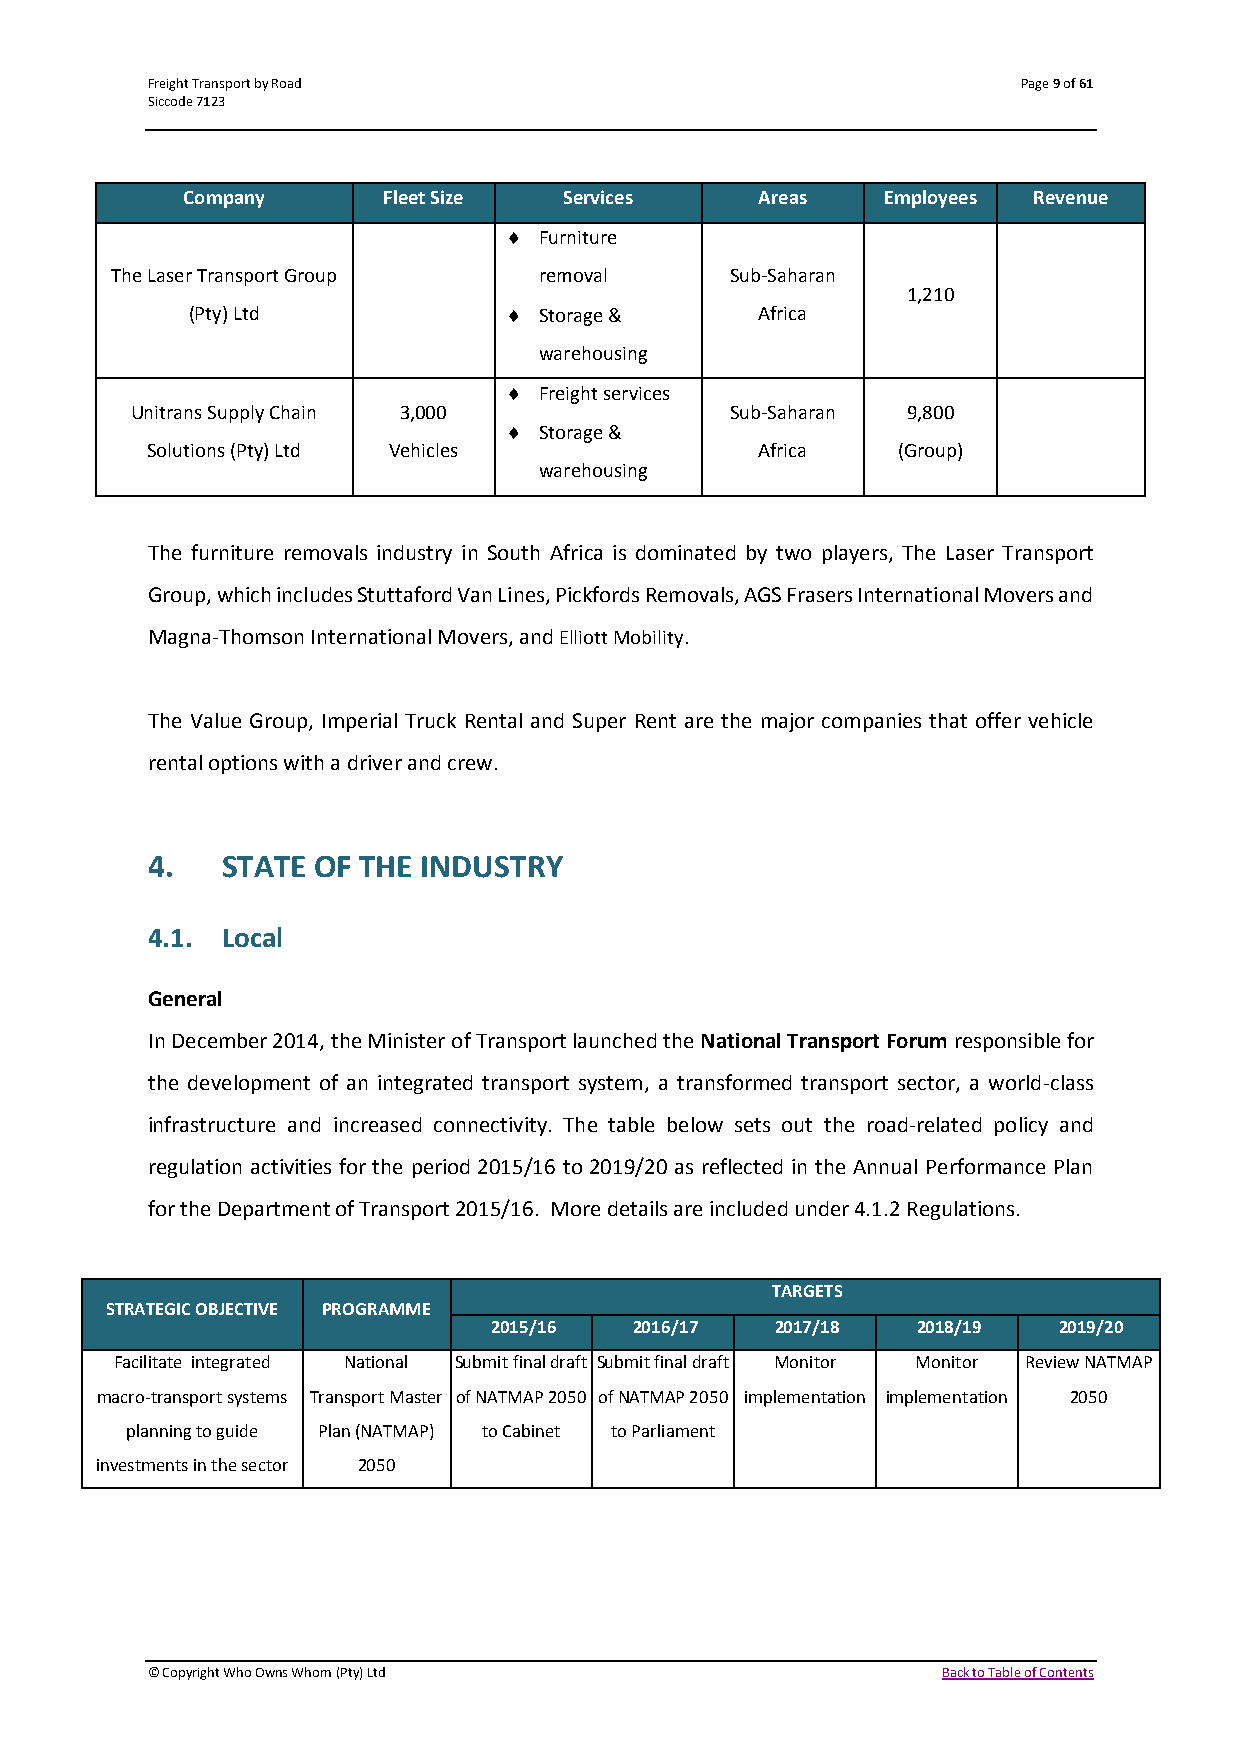
Freight Transport by Road                                 Page 9 of 61
 Siccode 7123
 Company      Fleet Size  Services     Areas   Employees Revenue
   Furniture
 The Laser Transport Group    removal     Sub-Saharan
 1,210
 (Pty) Ltd              Storage &     Africa
 warehousing
   Freight services
 Unitrans Supply Chain 3,000            Sub-Saharan 9,800
   Storage &
 Solutions (Pty) Ltd Vehicles            Africa   (Group)
 warehousing
 The furniture removals industry in South Africa is dominated by two players, The Laser Transport
 Group, which includes Stuttaford Van Lines, Pickfords Removals, AGS Frasers International Movers and
 Magna-Thomson International Movers, and Elliott Mobility.
 The Value Group, Imperial Truck Rental and Super Rent are the major companies that offer vehicle
 rental options with a driver and crew.
 4.   STATE OF THE INDUSTRY
 4.1. Local
 General
 In December 2014, the Minister of Transport launched the National Transport Forum responsible for
 the development of an integrated transport system, a transformed transport sector, a world-class
 infrastructure and increased connectivity. The table below sets out the road-related policy and
 regulation activities for the period 2015/16 to 2019/20 as reflected in the Annual Performance Plan
 for the Department of Transport 2015/16. More details are included under 4.1.2 Regulations.
 TARGETS
 STRATEGIC OBJECTIVE PROGRAMME
 2015/16   2016/17  2017/18   2018/19  2019/20
 Facilitate integrated National Submit final draft Submit final draft Monitor Monitor Review NATMAP
 macro-transport systems Transport Master of NATMAP 2050 of NATMAP 2050 implementation implementation 2050
 planning to guide Plan (NATMAP) to Cabinet to Parliament
 investments in the sector 2050
 © Copyright Who Owns Whom (Pty) Ltd                 Back to Table of Contents